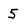
Character: 5